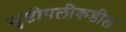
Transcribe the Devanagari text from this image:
सृष्टीपलीकडील